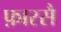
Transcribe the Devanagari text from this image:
फ़ारसै